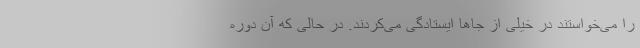
را می‌خواستند در خیلی از جاها ایستادگی می‌کردند. در حالی که آن دوره